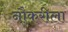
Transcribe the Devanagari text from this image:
नौकरीला